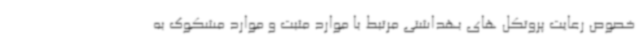
خصوص رعایت پروتکل های بهداشتی مرتبط با موارد مثبت و موارد مشکوک به